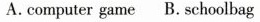
A.computer game B. schoolbag